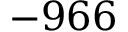
- 9 6 6